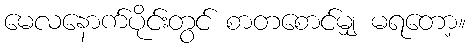
မေလနောက်ပိုင်းတွင် စာတစောင်မျှ မရတော့။